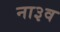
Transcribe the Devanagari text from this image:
ना३व